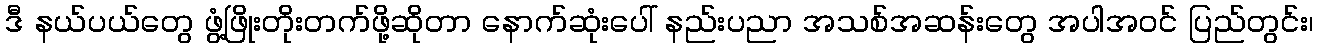
ဒီ နယ်ပယ်တွေ ဖွံ့ဖြိုးတိုးတက်ဖို့ဆိုတာ နောက်ဆုံးပေါ် နည်းပညာ အသစ်အဆန်းတွေ အပါအဝင် ပြည်တွင်း၊